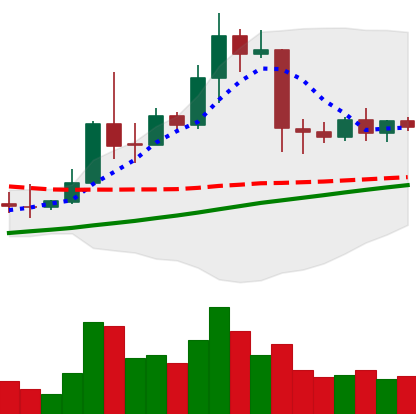
Ticker: TRX-USD
Chart end date: 2019-04-17
Forward return: -6.058%
Label: down_5_7